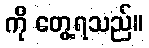
ကို တွေ့ရသည်။